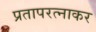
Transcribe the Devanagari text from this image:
प्रतापरत्नाकर